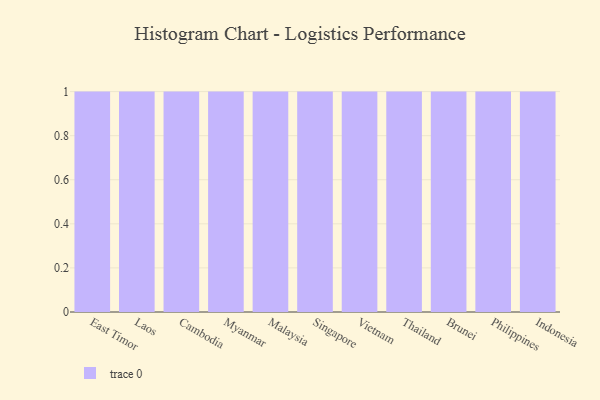
{"axis": {"x": "Country", "y": "Operating Costs (USD K)"}, "legend": [""], "data": [{"x": "East Timor", "y": 48, "type": ""}, {"x": "Laos", "y": 41, "type": ""}, {"x": "Cambodia", "y": 93, "type": ""}, {"x": "Myanmar", "y": 15, "type": ""}, {"x": "Malaysia", "y": 74, "type": ""}, {"x": "Singapore", "y": 31, "type": ""}, {"x": "Vietnam", "y": 25, "type": ""}, {"x": "Thailand", "y": 21, "type": ""}, {"x": "Brunei", "y": 39, "type": ""}, {"x": "Philippines", "y": 53, "type": ""}, {"x": "Indonesia", "y": 74, "type": ""}]}